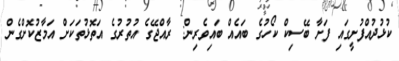
ކުޅުދުއްފުށީގައި ފަށާ ބޭސިކް ކޯހުގެ ބައެއް ބައިވެރިން: ރާއްޖޭގެ އުތުރުގެ އަތޮޅުތަކަށް އަމާޒުކޮށްގެން